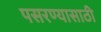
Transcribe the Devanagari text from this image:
पसरण्यासाठी